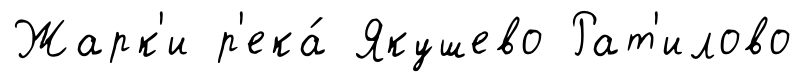
Жарк'и р'ека́ Якушево Рат'илово